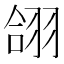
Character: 翖